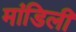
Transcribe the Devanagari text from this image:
मांडिली